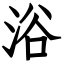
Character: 浴